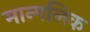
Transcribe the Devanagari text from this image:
मान्गलिक